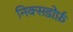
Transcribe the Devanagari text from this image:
निक्सडोर्फ़